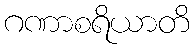
ဂဏာစရိယာတိ